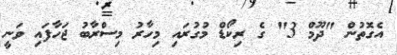
އެގޮތުން "ދޫމް 3" ގެ ރިކޯޑް މުގުރައި މިހާރު މިސްރާބު ޖަހާފައި ވަނީ